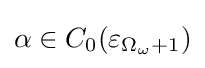
\alpha \in C_{0}(\varepsilon _{\Omega _{\omega }+1})